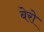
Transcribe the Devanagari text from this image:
बेरो